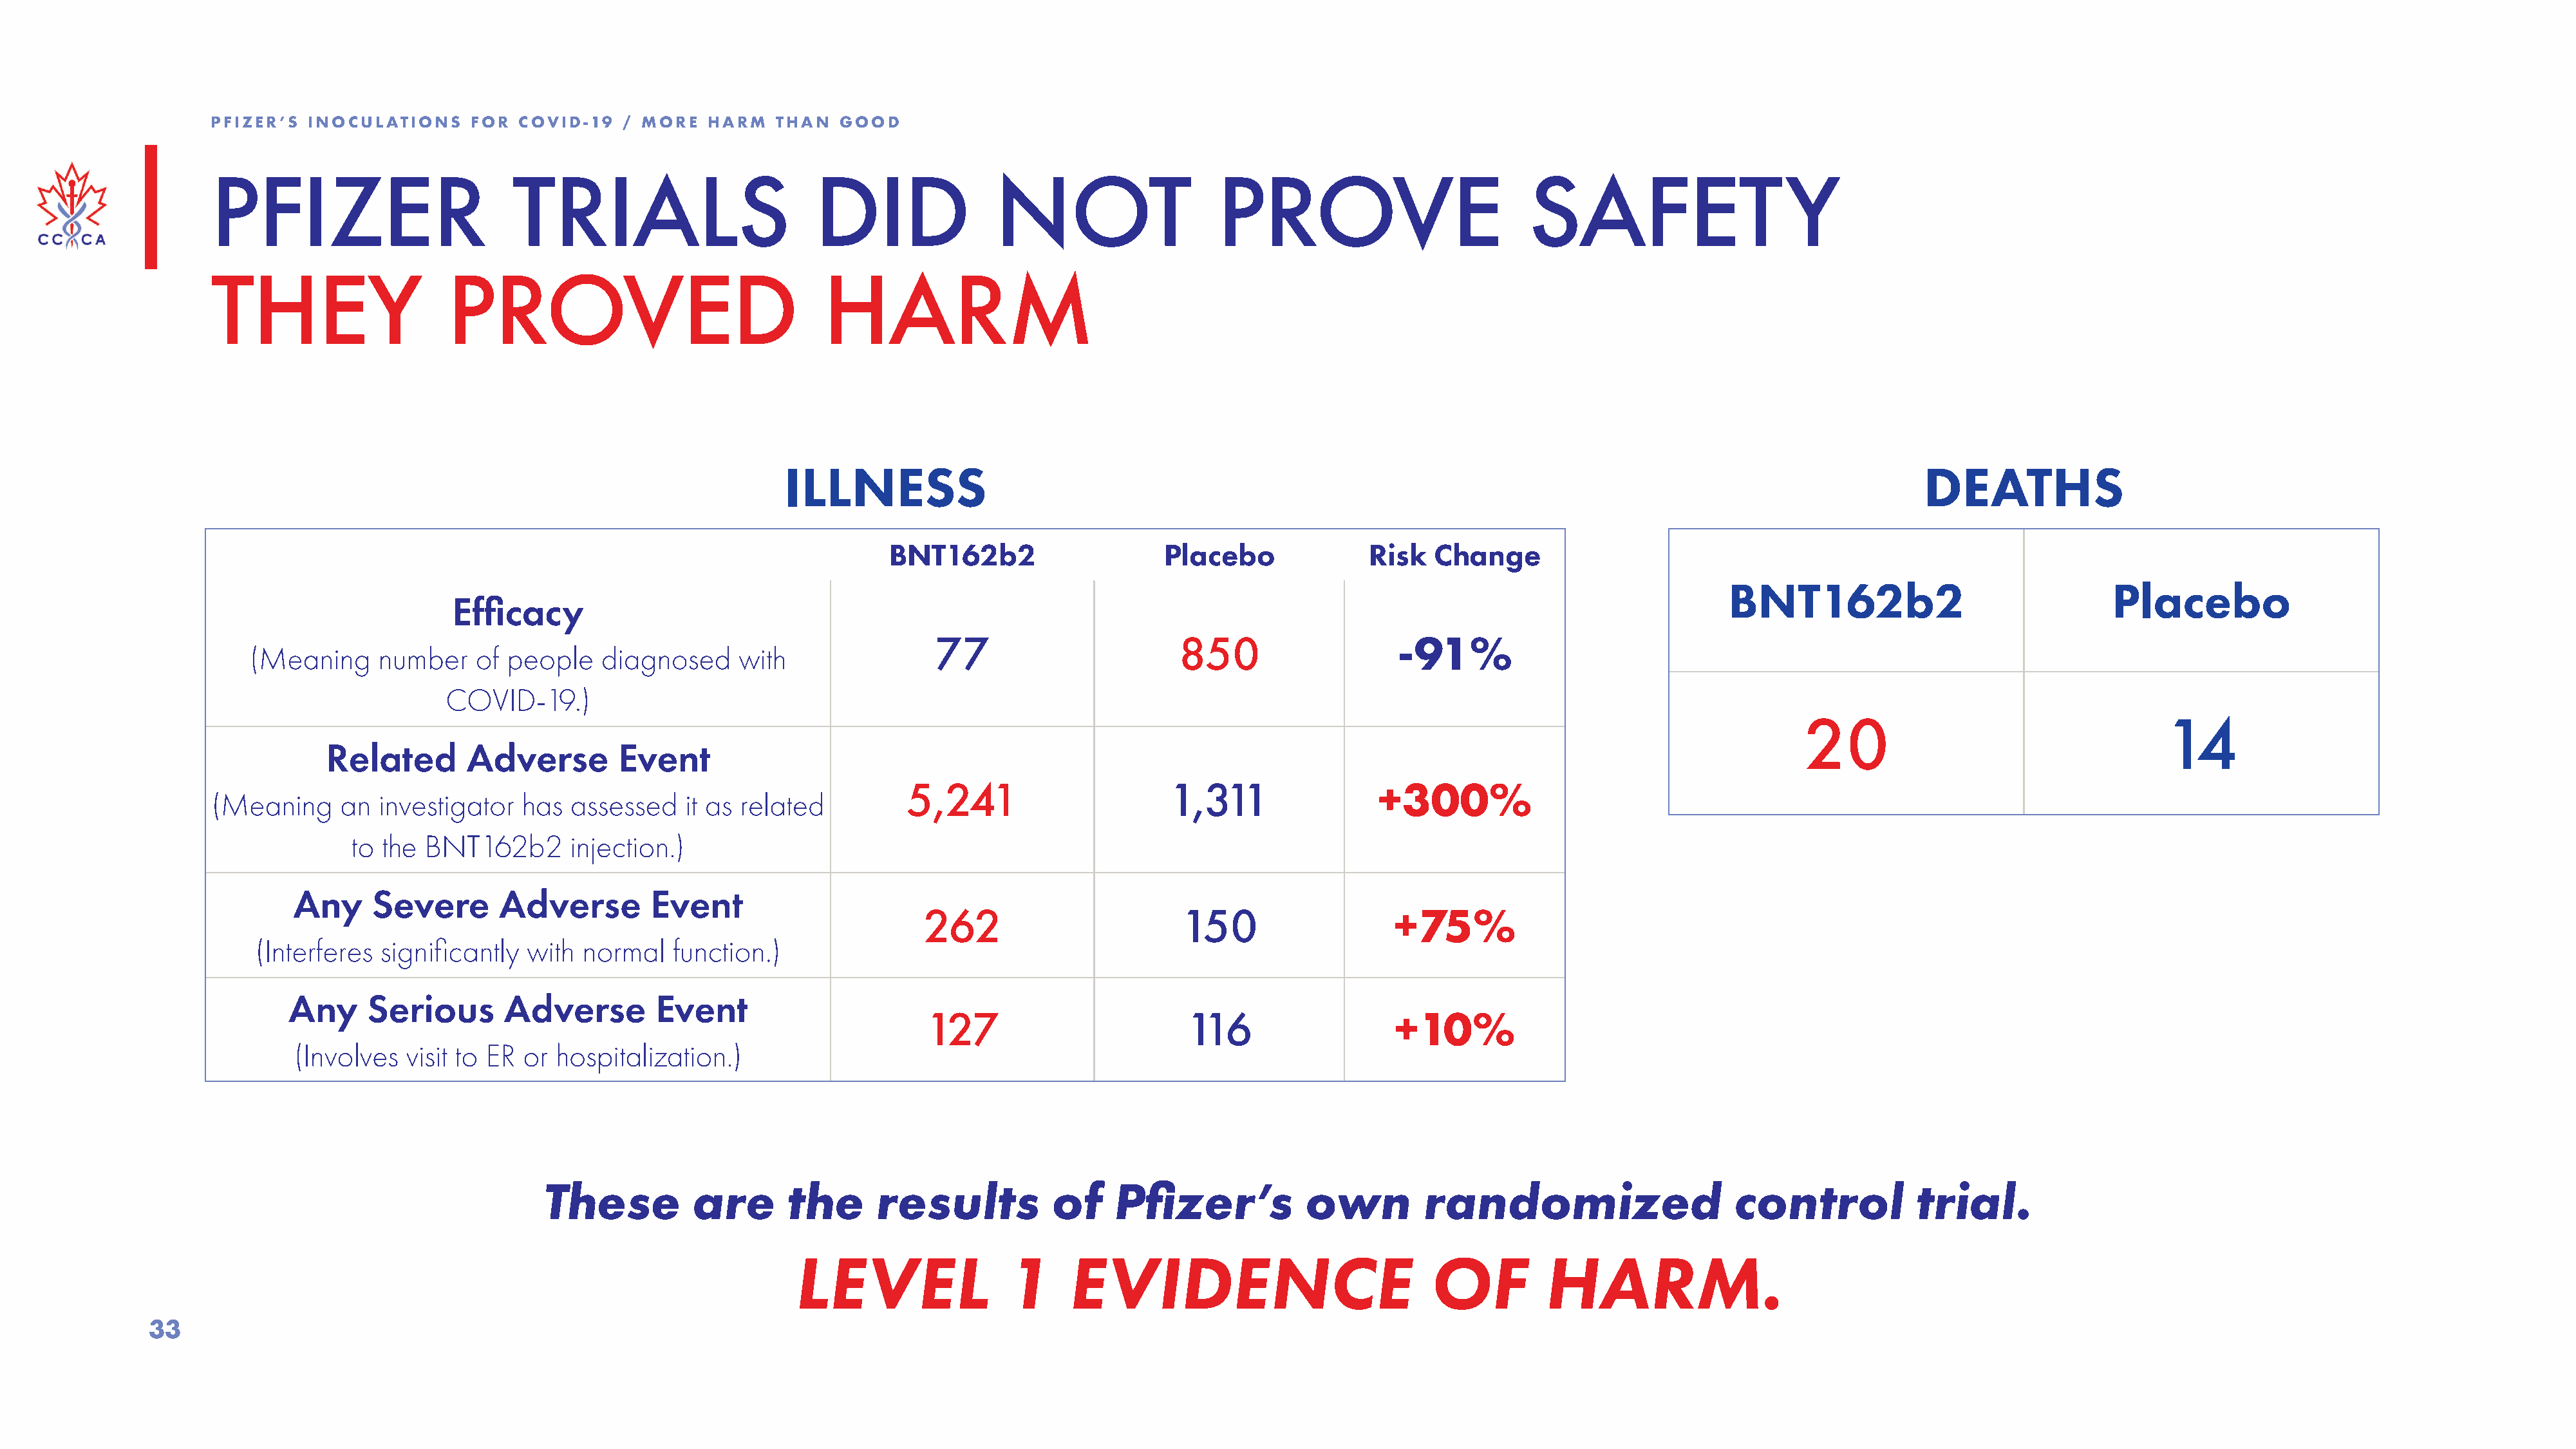
PFIZER’S  INOCULATIONS    FOR  COVID-19   / MORE   HARM   THAN  GOOD
 PFIZER                         TRIALS                         DID               NOT                    PROVE                           SAFETY
 THEY                    PROVED                                 HARM
 ILLNESS                                                                                                              DEATHS
 BNT162b2                     Placebo              Risk  Change
 BNT162b2                               Placebo
 Efficacy
 77                       850                    -91%
 (Meaning     number    of people    diagnosed     with
 COVID-19.)
 20                                    14
 Related        Adverse         Event
 5,241                      1,311                 +300%
 (Meaning     an  investigator   has  assessed   it as related
 to the  BNT162b2       injection.)
 Any     Severe       Adverse         Event
 262                       150                   +75%
 (Interferes  significantly  with  normal   function.)
 Any     Serious       Adverse        Event
 127                        116                  +10%
 (Involves   visit to ER or hospitalization.)
 These          are       the      results           of     Pfizer’s           own         randomized                      control            trial.
 LEVEL                1      EVIDENCE                             OF          HARM.
 33